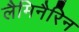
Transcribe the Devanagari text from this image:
लैमिनैरिन